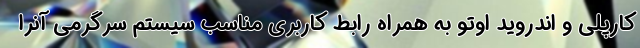
کارپلی و اندروید اوتو به همراه رابط کاربری مناسب سیستم سرگرمی آنرا